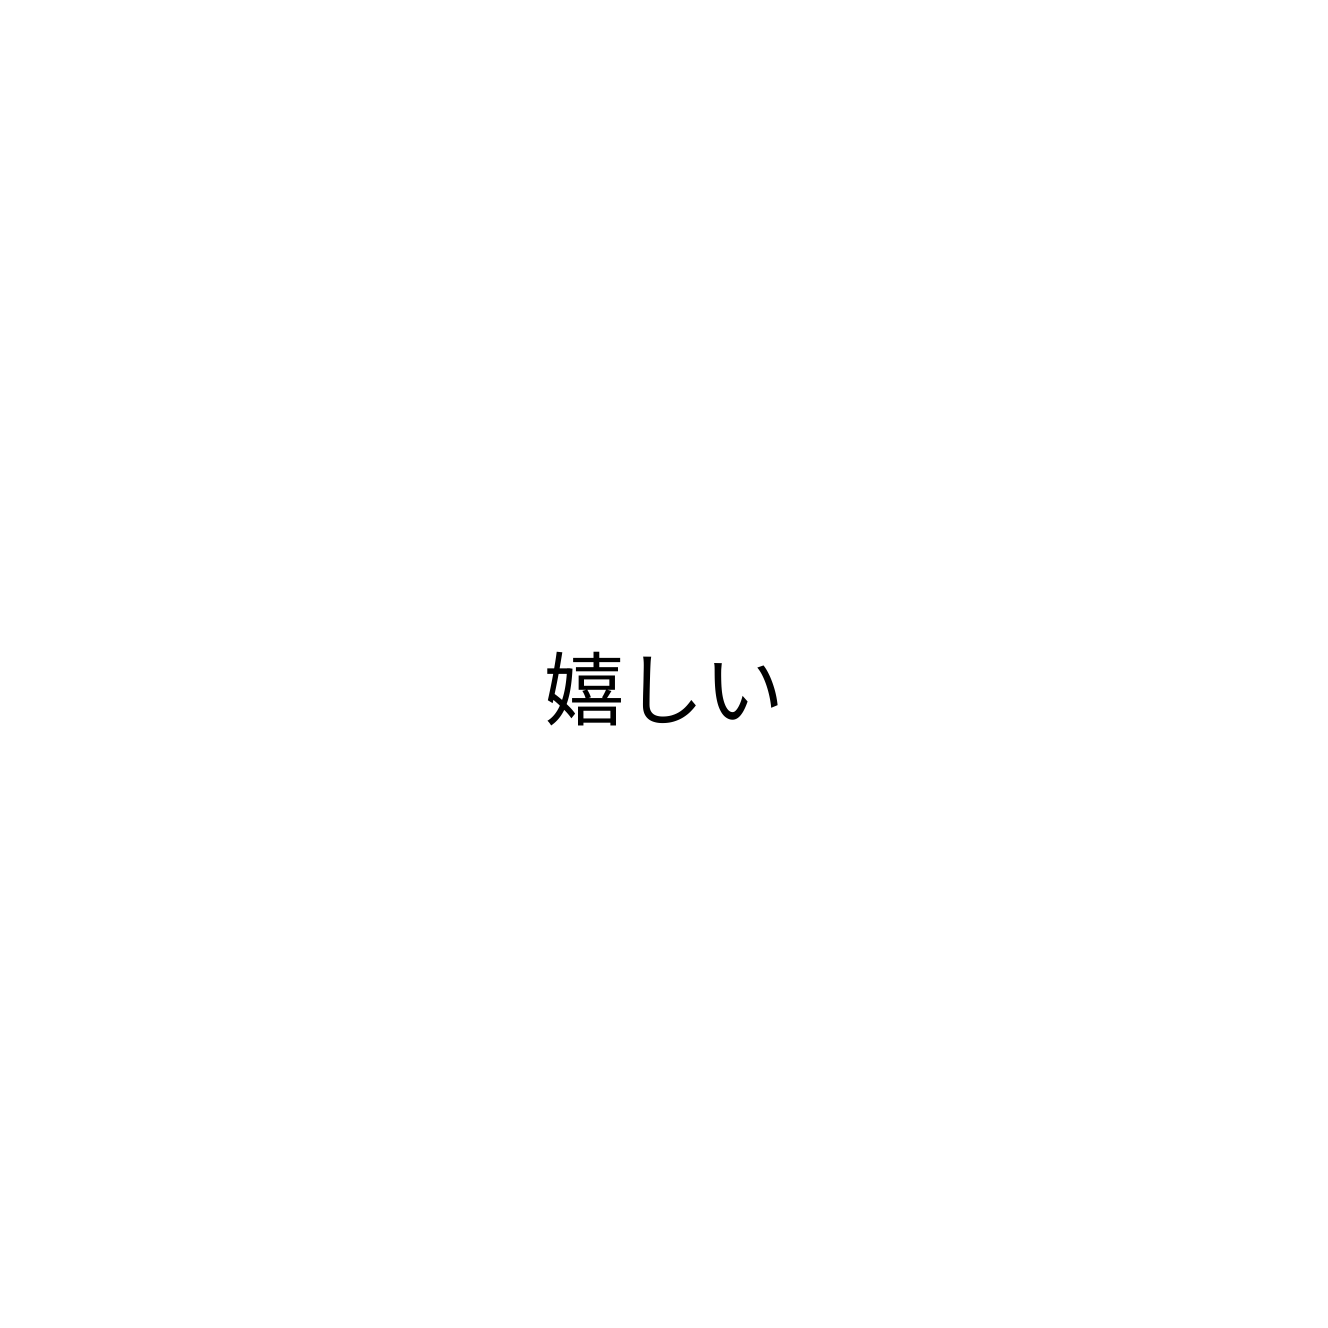
嬉しい